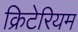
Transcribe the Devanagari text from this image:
क्रिटेरियम